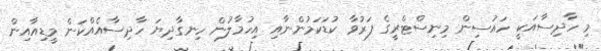
މި ހާދިސާއަކީ ހައުސިން މިނިސްޓްރީގެ ފަރުވާ ކުޑަކަމުންނާއި އިހުމާލުން ހިނގާދިޔަ ހާދިސާއެއްކަން މީޑިއާއިން